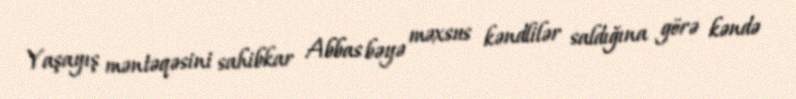
Yaşayış məntəqəsini sahibkar Abbas bəyə məxsus kəndlilər saldığına görə kəndə